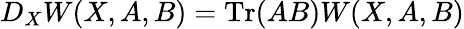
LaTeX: D_{X}W(X,A,B)=\mathrm{Tr}(AB)W(X,A,B)